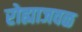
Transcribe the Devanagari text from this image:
रोह्याजवळ